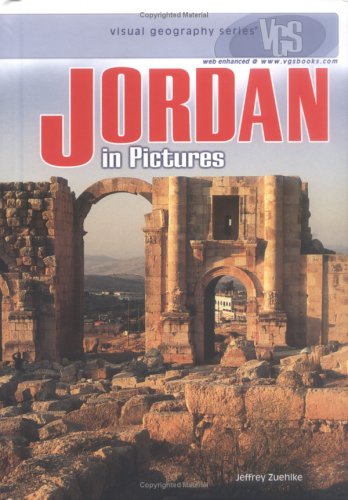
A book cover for Jordan In Pictures (Visual Geography. Second Series); Jeffrey Zuehlke; History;